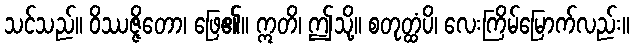
သင်သည်။ ဝိဿဇ္ဇိတော၊ ဖြေ၏။ ဣတိ၊ ဤသို့။ စတုတ္ထံပိ၊ လေးကြိမ်မြောက်လည်း။